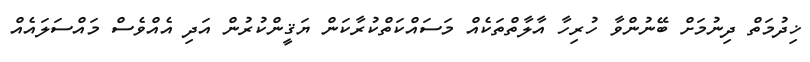
ޚިދުމަތް ދިނުމަށް ބޭނުންވާ ހުރިހާ އާލާތްތަކެއް މަސައްކަތްކުރާކަން ޔަޤީންކުރުން އަދި އެއްވެސް މައްސަލައެއް